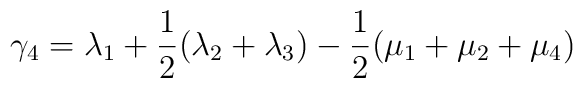
\gamma_4 = \lambda_1 + \frac{1}{2}(\lambda_2+\lambda_3)-\frac{1}{2}(\mu_1+\mu_2+\mu_4)